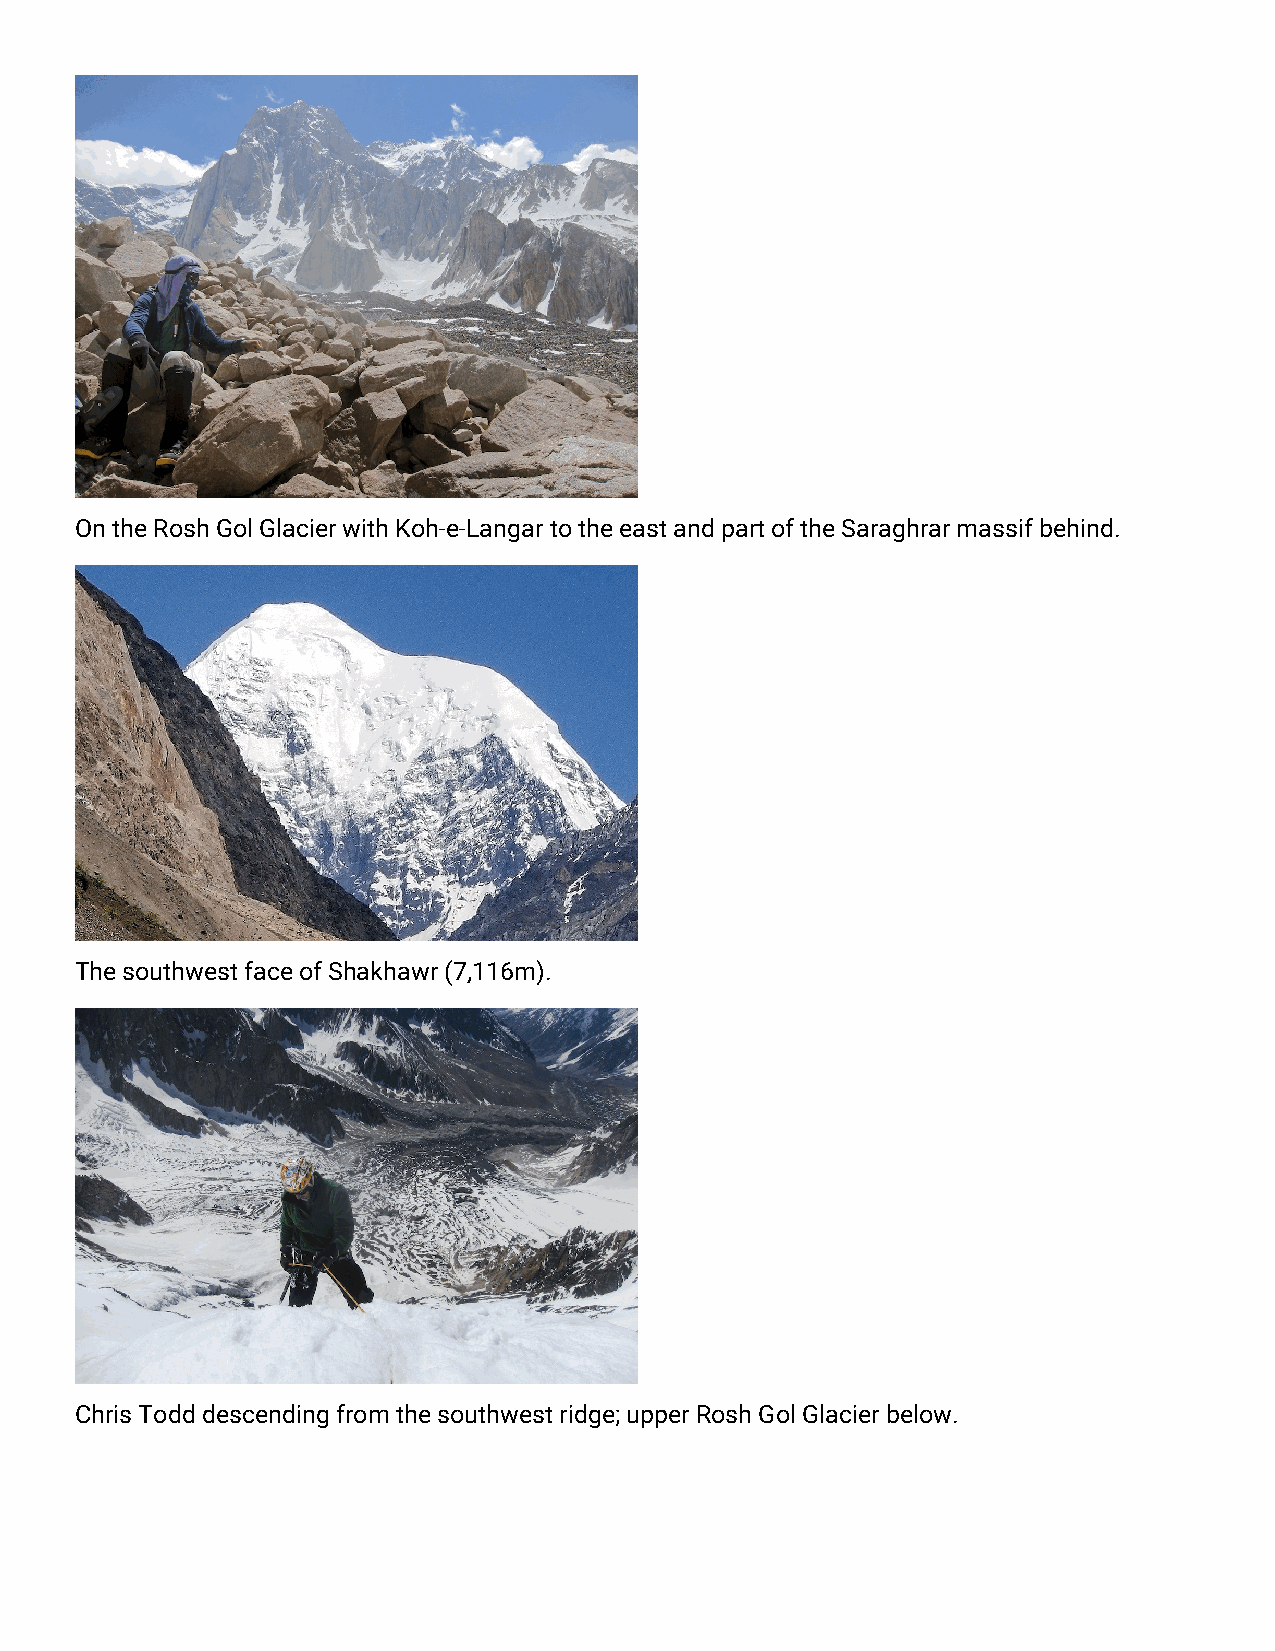
On the Rosh Gol Glacier with Koh-e-Langar to the east and part of the Saraghrar massif behind.
 The southwest face of Shakhawr (7,116m).
 Chris Todd descending from the southwest ridge; upper Rosh Gol Glacier below.